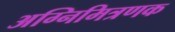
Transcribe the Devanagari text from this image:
अग्निमित्रणक